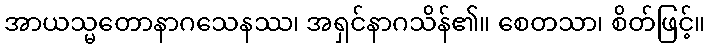
အာယသ္မတောနာဂသေနဿ၊ အရှင်နာဂသိန်၏။ စေတသာ၊ စိတ်ဖြင့်။